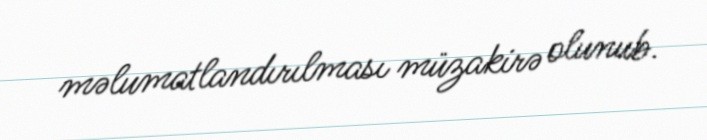
məlumatlandırılması müzakirə olunub.